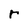
Character: r